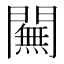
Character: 𨶭